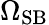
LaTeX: \Omega_{\mathrm{SB}}